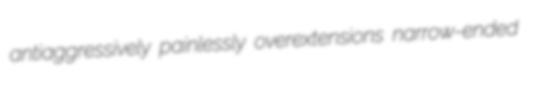
antiaggressively painlessly overextensions narrow-ended